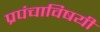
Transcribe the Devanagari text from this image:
प्रपंचाविषयी